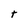
Character: t